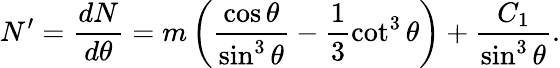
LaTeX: N^{\prime}=\frac{dN}{d\theta}=m\left(\frac{\cos\theta}{\sin^{3}\theta}-\frac 13\cot^{3}\theta\right)+\frac{C_{1}}{\sin^{3}\theta}.